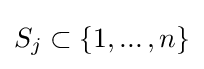
S_{j}\subset \{1,...\,,n\}